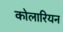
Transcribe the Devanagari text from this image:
कोलारियन